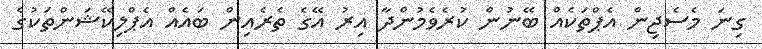
ގިނަ މެސެޖިން އެޕްތަކެއް ބޭނުން ކުރެވެމުންދާ އިރު އޭގެ ތެރެއިން ބައެއް އެޕްލިކޭޝަންތަކުގެ